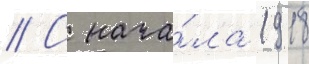
// С нача́ла 1918